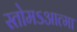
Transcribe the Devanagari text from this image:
स्तोमऽआत्मा